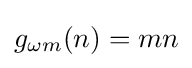
g_{\omega m}(n)=mn